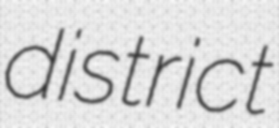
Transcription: district